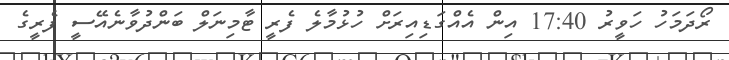
ރޯދަމަހު ހަވީރު 17:40 އިން އެއްގަޑިއިރަށް ހުޅުމާލެ ފެރީ ޓާމިނަލް ބަންދުވާނެއޭސީ ފެރީގެ